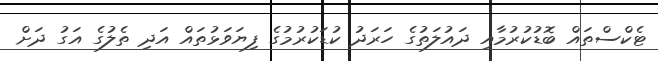
ޓެކްސްތައް ބޮޑުކުރުމާއި ދައުލަތުގެ ހަރަދު ކުޑަކުރުމުގެ ފިޔަވަޅުތައް އަދި ތެލުގެ އަގު ދަށް